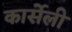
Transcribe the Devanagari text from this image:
कार्सेली